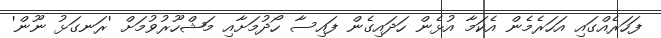
ފަހަރެއްގައި އަހަރެމެން އެކަމާ އުޅެން ހަދައިގެން ފައިސާ ހޯދުމަށާއި މަޝްހޫރުވުމަށް 'ރަނގަޅު ނޫން'